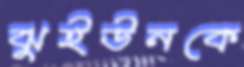
ঝুইউনকে